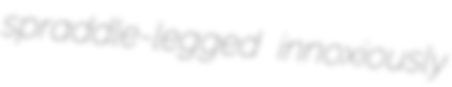
spraddle-legged innoxiously